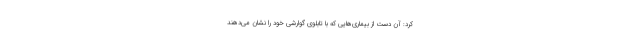
کرد: آن دست از بیماری‌هایی که با تابلوی گوارشی خود را نشان می‌دهند